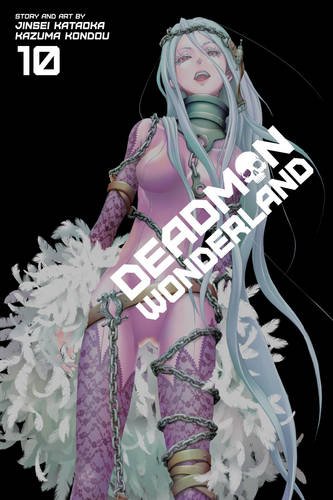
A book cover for Deadman Wonderland, Vol. 10; Jinsei Kataoka; Comics & Graphic Novels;